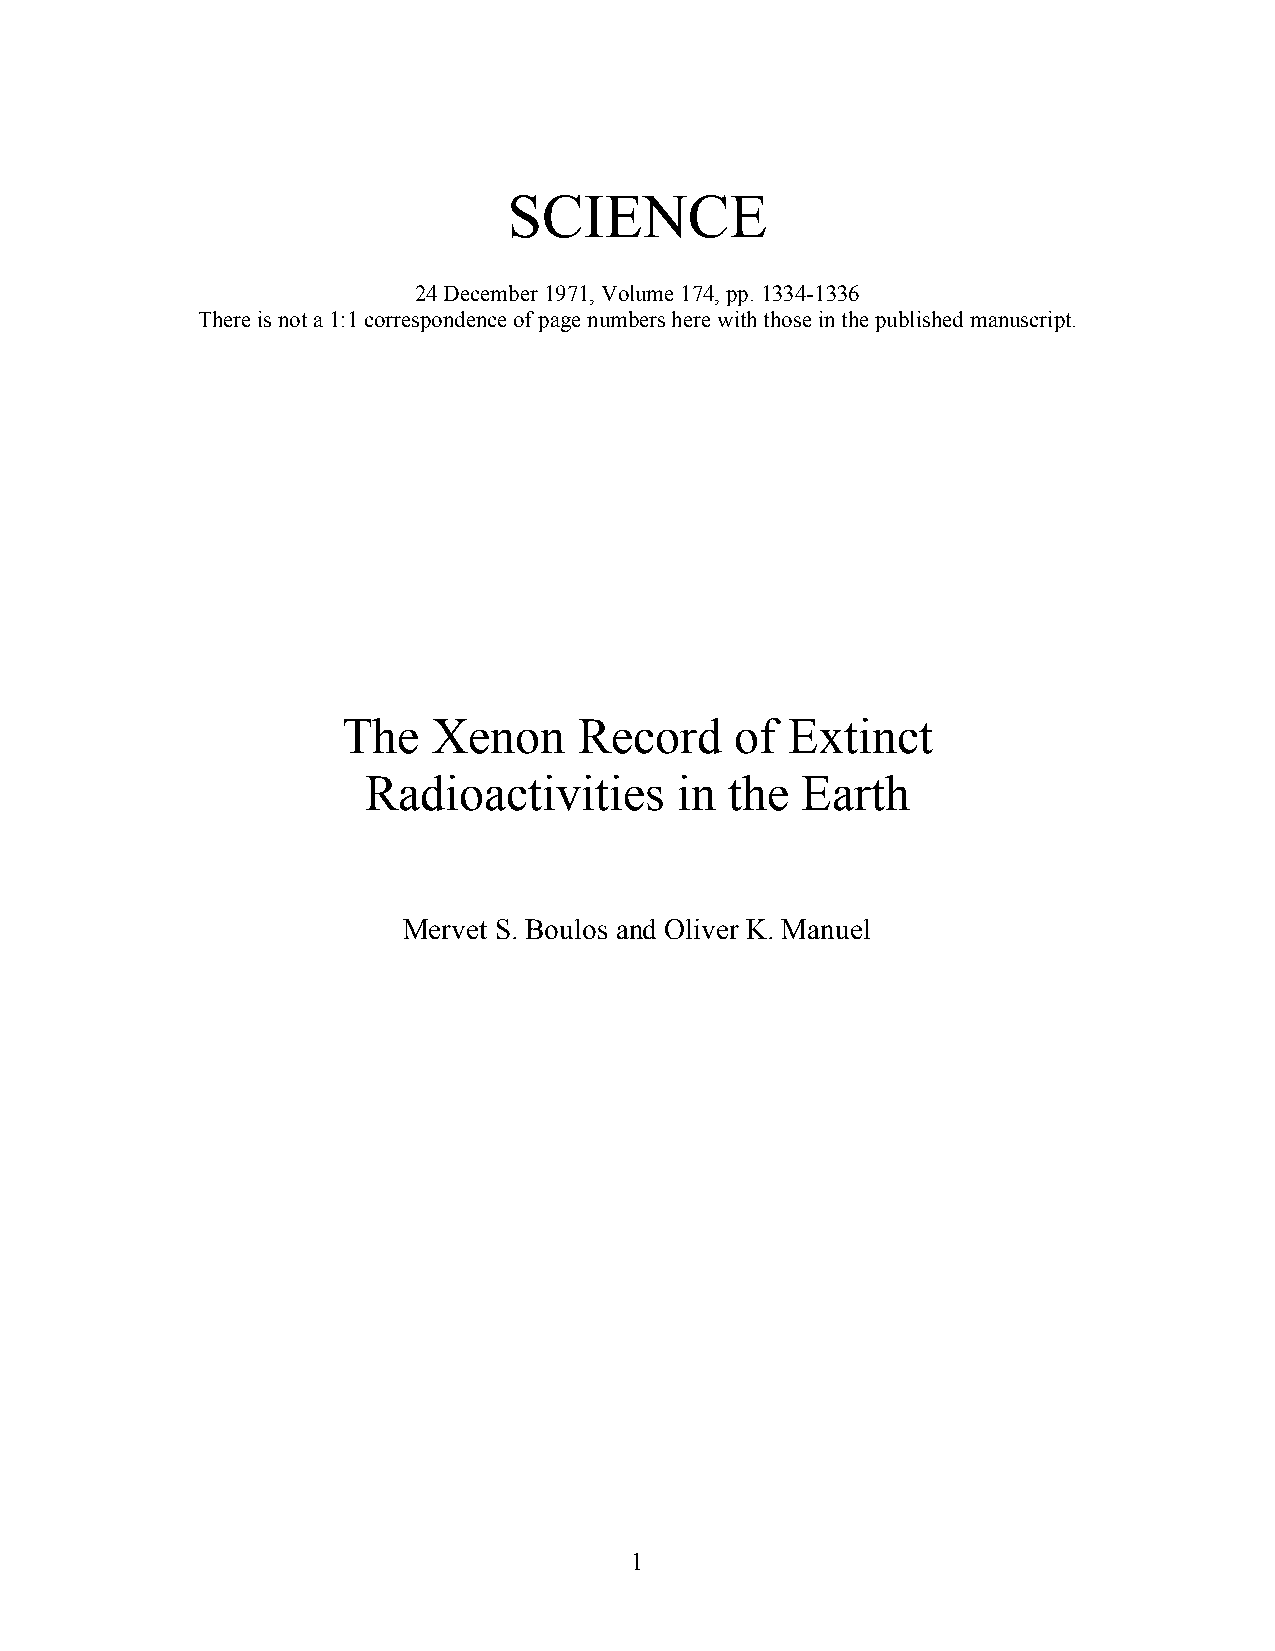
SCIENCE
 24 December 1971, Volume 174, pp. 1334-1336
 There is not a 1:1 correspondence of page numbers here with those in the published manuscript.
 The   Xenon    Record     of Extinct
 Radioactivities      in the  Earth
 Mervet S. Boulos and Oliver K. Manuel
 1